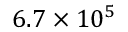
6 . 7 \times 1 0 ^ { 5 }